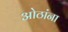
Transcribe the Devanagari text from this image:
ओठांना